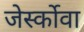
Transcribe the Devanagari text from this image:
जेर्स्कोवा